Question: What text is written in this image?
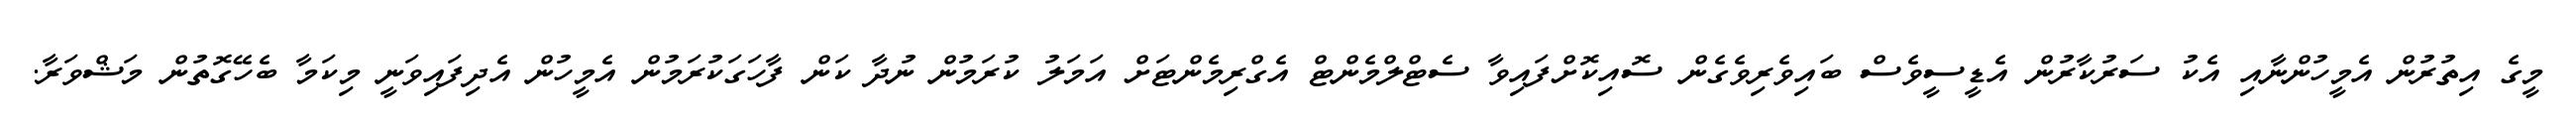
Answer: މީގެ އިތުރުން އެމީހުންނާއި އެކު ސަރުކާރުން އެޑީސީވެސް ބައިވެރިވެގެން ސޮއިކޮށްފައިވާ ސެޓްލްމެންޓް އެގްރިމެންޓަށް އަމަލު ކުރަމުން ނުދާ ކަން ފާހަގަކުރަމުން އެމީހުން އެދިފައިވަނީ މިކަމާ ބެހޭގޮތުން މަޝްވަރާ.